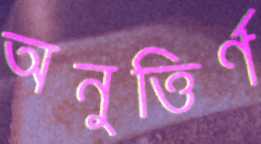
অনুত্তির্ণ